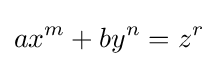
ax^{m}+by^{n}=z^{r}